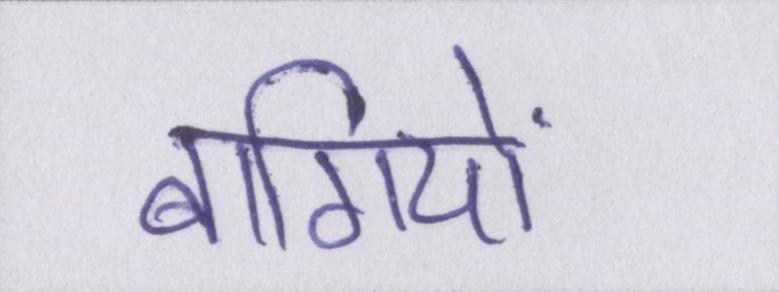
बागियों